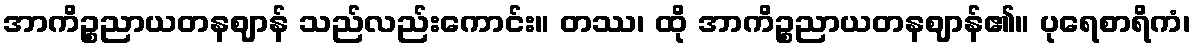
အာကိဉ္စညာယတနဈာန် သည်လည်းကောင်း။ တဿ၊ ထို အာကိဉ္စညာယတနဈာန်၏။ ပုရေစာရိကံ၊